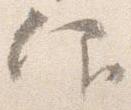
仰